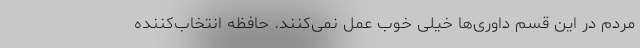
مردم در این قسم داوری‌ها خیلی خوب عمل نمی‌کنند. حافظه انتخاب‌کننده